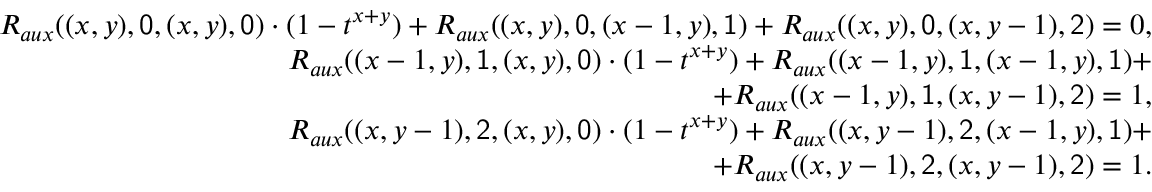
\begin{array} { r } { R _ { a u x } ( ( x , y ) , \mathsf { 0 } , ( x , y ) , \mathsf { 0 } ) \cdot ( 1 - t ^ { x + y } ) + R _ { a u x } ( ( x , y ) , \mathsf { 0 } , ( x - 1 , y ) , \mathsf { 1 } ) + R _ { a u x } ( ( x , y ) , \mathsf { 0 } , ( x , y - 1 ) , \mathsf { 2 } ) = 0 , } \\ { R _ { a u x } ( ( x - 1 , y ) , \mathsf { 1 } , ( x , y ) , \mathsf { 0 } ) \cdot ( 1 - t ^ { x + y } ) + R _ { a u x } ( ( x - 1 , y ) , \mathsf { 1 } , ( x - 1 , y ) , \mathsf { 1 } ) + } \\ { + R _ { a u x } ( ( x - 1 , y ) , \mathsf { 1 } , ( x , y - 1 ) , \mathsf { 2 } ) = 1 , } \\ { R _ { a u x } ( ( x , y - 1 ) , \mathsf { 2 } , ( x , y ) , \mathsf { 0 } ) \cdot ( 1 - t ^ { x + y } ) + R _ { a u x } ( ( x , y - 1 ) , \mathsf { 2 } , ( x - 1 , y ) , \mathsf { 1 } ) + } \\ { + R _ { a u x } ( ( x , y - 1 ) , \mathsf { 2 } , ( x , y - 1 ) , \mathsf { 2 } ) = 1 . } \end{array}